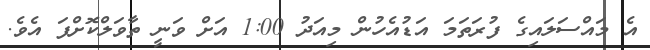
އެ މައްސަލައިގެ ފުރަތަމަ އަޑުއެހުން މިއަދު 1:00 އަށް ވަނީ ތާވަލްކޮށްފަ އެވެ.